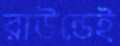
রাউন্ডেই